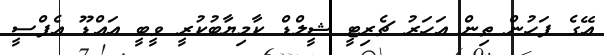
އޭގެ ފަހުން ތިން އަހަރު ޗެރިޓީ ޝީލްޑް ކާމިޔާބުކުރީ ވީބީ އައްޑޫ އެފްސީ